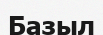
Базыл